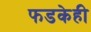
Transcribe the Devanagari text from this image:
फडकेही